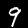
Digit: 9